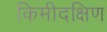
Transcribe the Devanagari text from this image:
किमीदक्षिण